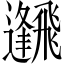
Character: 𩙹